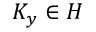
K _ { y } \in H